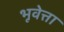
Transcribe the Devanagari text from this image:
भूवेत्ता